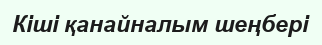
Кіші қанайналым шеңбері